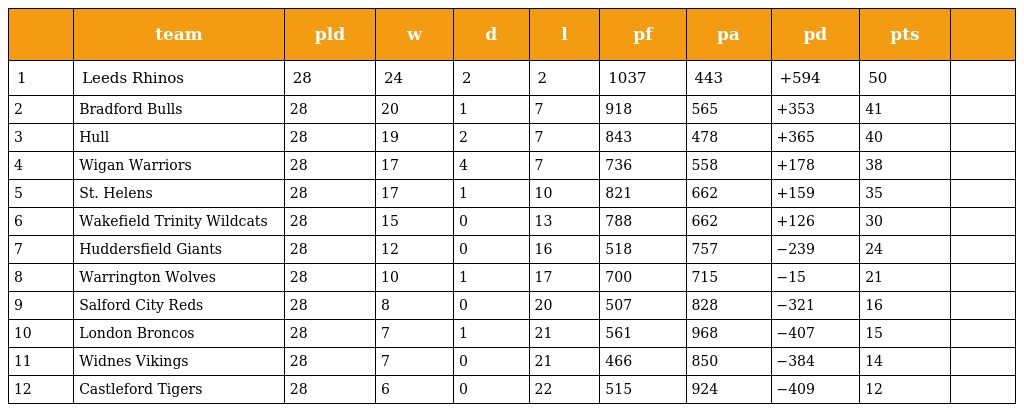
|  | team | pld | w | d | l | pf | pa | pd | pts |  |
 | --- | --- | --- | --- | --- | --- | --- | --- | --- | --- | --- |
 | 1 | Leeds Rhinos | 28 | 24 | 2 | 2 | 1037 | 443 | +594 | 50 |  |
 | 2 | Bradford Bulls | 28 | 20 | 1 | 7 | 918 | 565 | +353 | 41 |  |
 | 3 | Hull | 28 | 19 | 2 | 7 | 843 | 478 | +365 | 40 |  |
 | 4 | Wigan Warriors | 28 | 17 | 4 | 7 | 736 | 558 | +178 | 38 |  |
 | 5 | St. Helens | 28 | 17 | 1 | 10 | 821 | 662 | +159 | 35 |  |
 | 6 | Wakefield Trinity Wildcats | 28 | 15 | 0 | 13 | 788 | 662 | +126 | 30 |  |
 | 7 | Huddersfield Giants | 28 | 12 | 0 | 16 | 518 | 757 | −239 | 24 |  |
 | 8 | Warrington Wolves | 28 | 10 | 1 | 17 | 700 | 715 | −15 | 21 |  |
 | 9 | Salford City Reds | 28 | 8 | 0 | 20 | 507 | 828 | −321 | 16 |  |
 | 10 | London Broncos | 28 | 7 | 1 | 21 | 561 | 968 | −407 | 15 |  |
 | 11 | Widnes Vikings | 28 | 7 | 0 | 21 | 466 | 850 | −384 | 14 |  |
 | 12 | Castleford Tigers | 28 | 6 | 0 | 22 | 515 | 924 | −409 | 12 |  |